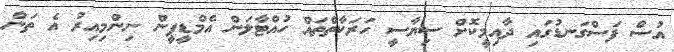
އުސް ފަސްގަނޑުގައި ދާއިމީކޮށް ސިޔާސީ ހަރަކާތްތައް ހުއްޓާލަން އެމްޑީޕީން ނިންމިއިރު އެ ތަން